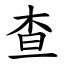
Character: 查